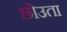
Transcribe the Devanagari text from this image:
छोउता